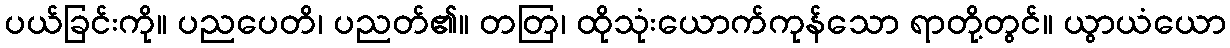
ပယ်ခြင်းကို။ ပညပေတိ၊ ပညတ်၏။ တတြ၊ ထိုသုံးယောက်ကုန်သော ရာတို့တွင်။ ယွာယံယော